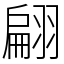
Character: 翩